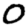
Digit: 0